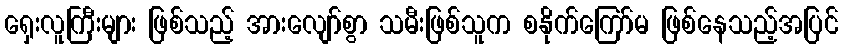
ရှေးလူကြီးများ ဖြစ်သည့် အားလျော်စွာ သမီးဖြစ်သူက စနိုက်ကြော်မ ဖြစ်နေသည့်အပြင်